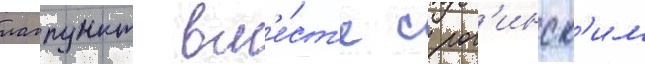
лагпункт вм'е́ст'е с рог'инск'им